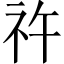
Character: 𥘪